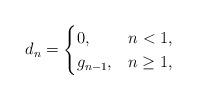
LaTeX: \begin{align*} d_n = \begin{cases} 0, & n<1, \\ g_{n-1}, & n\geq 1, \end{cases} \end{align*}